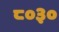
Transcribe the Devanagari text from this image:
८०३०